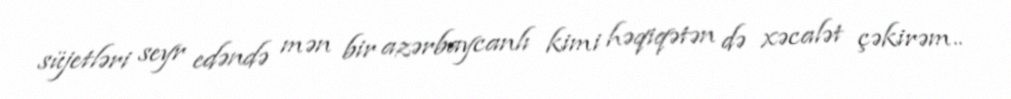
süjetləri seyr edəndə mən bir azərbaycanlı kimi həqiqətən də xəcalət çəkirəm..